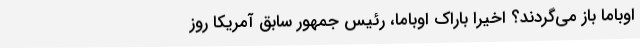
اوباما باز می‌گردند؟ اخیرا باراک اوباما، رئیس جمهور سابق آمریکا روز